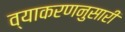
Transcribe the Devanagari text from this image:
व्याकरणनुसारी